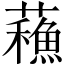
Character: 蘓